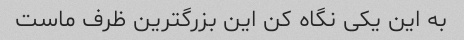
به این یکی نگاه کن این بزرگترین ظرف ماست